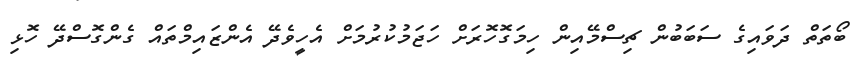
ބޯތަތް ދަވައިގެ ސަބަބުން ޗިސްމޭއިން ހިމަގޮހޮރަށް ހަޖަމުކުރުމަށް އެހީވެދޭ އެންޒައިމްތައް ގެންގޮސްދޭ ހޮޅި